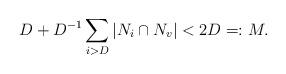
LaTeX: \begin{align*}D + D^{-1}\sum_{i>D}|N_i\cap N_v| < 2D =:M.\end{align*}